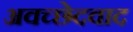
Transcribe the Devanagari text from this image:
अवच्छेदवाद